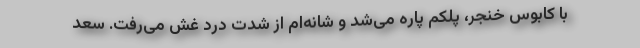
با کابوس خنجر، پلکم پاره می‌شد و شانه‌ام از شدت درد غش می‌رفت. سعد